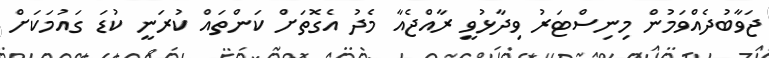
ޖަވާބުދެއްވަމުން މިނިސްޓަރު ވިދާޅުވީ ރާއްޖެއާ މެދު އެގޮތަށް ކަންތައް ކުރަނީ ކުޑަ ގައުމަކަށް